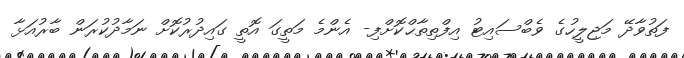
ފަތުވާދޭ މަޖިލީހުގެ ވެބްސައިޓު އިފްތިތާޙްކޮށްފި- އެންމެ މަތީގަ އޮތީ ގައިދުރުކޮށް ނަމާދުކުރަން ބާރުއަޅާ